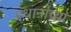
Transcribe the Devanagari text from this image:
प्रधानांच्या